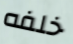
خلفه